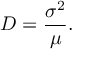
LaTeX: D = { \frac { \sigma ^ { 2 } } { \mu } } .